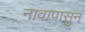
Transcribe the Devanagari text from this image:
नावापासुन